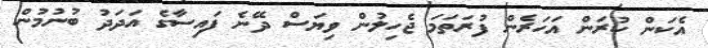
އެކަން ކުރަން އަހަރެން ފުރަތަމަ ޖެހިލުން ވިޔަސް ދޭނެ ފައިސާގެ އަދަދު ބުނުމުން